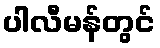
ပါလီမန်တွင်